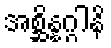
အစ္ဆိန္နဂ္ဂါနိ